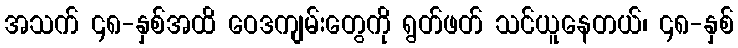
အသက် ၄၈-နှစ်အထိ ဝေဒကျမ်းတွေကို ရွတ်ဖတ် သင်ယူနေတယ်၊ ၄၈-နှစ်